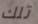
تلك